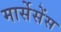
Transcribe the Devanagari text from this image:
मार्सेसेंस